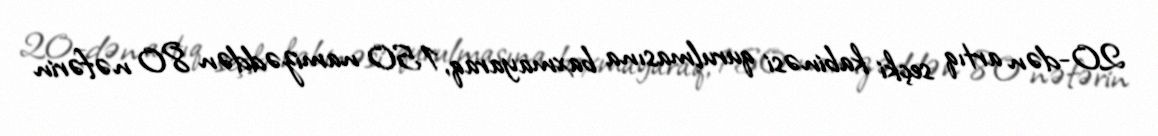
20-dən artıq seçki kabinəsi qurulmasına baxmayaraq, 150 namizəddən 80 nəfərin